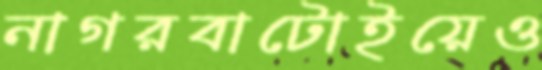
নাগরবাটোইয়েও